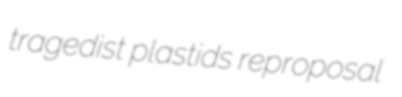
tragedist plastids reproposal